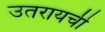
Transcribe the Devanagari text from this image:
उतरायची